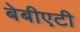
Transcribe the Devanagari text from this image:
बेबीएटी